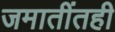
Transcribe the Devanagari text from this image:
जमातींतही